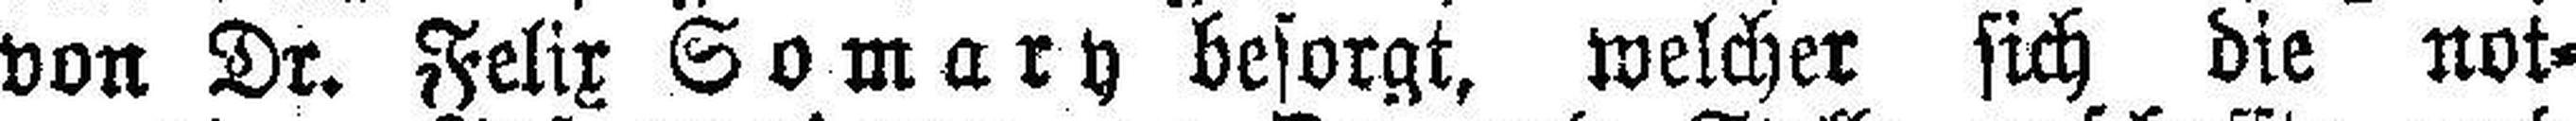
von Dr. Felix Somary besorgt, welcher sich die not¬